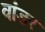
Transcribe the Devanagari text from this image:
वांडर